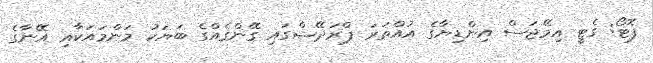
ފޮޓޯ: ގެޓީ އިމޭޖަސް އިންޑިޔާގެ އުއްތަރަ ޕްރަދޭޝްގައި ގޭންގެއްގެ ބަޔަކު މަންމައަކާއި އޭނާގެ